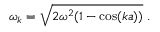
\omega _ { k } = { \sqrt { 2 \omega ^ { 2 } ( 1 - \cos ( k a ) ) } } ~ .